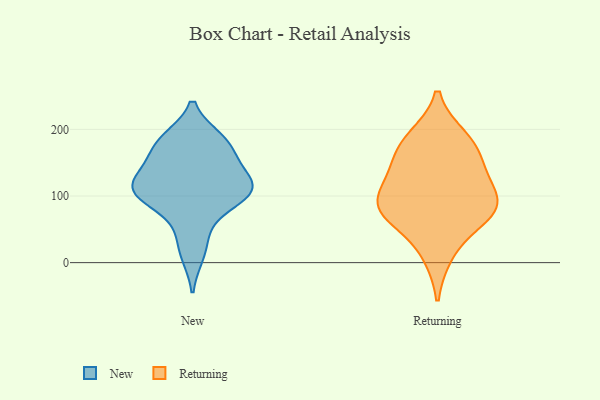
{"axis": {"x": "Headcount", "y": "Value"}, "legend": ["New", "Returning"], "data": [{"x": "", "y": 177, "type": "New"}, {"x": "", "y": 105, "type": "New"}, {"x": "", "y": 115, "type": "New"}, {"x": "", "y": 161, "type": "New"}, {"x": "", "y": 185, "type": "New"}, {"x": "", "y": 100, "type": "New"}, {"x": "", "y": 184, "type": "New"}, {"x": "", "y": 135, "type": "New"}, {"x": "", "y": 106, "type": "New"}, {"x": "", "y": 12, "type": "New"}, {"x": "", "y": 135, "type": "New"}, {"x": "", "y": 111, "type": "New"}, {"x": "", "y": 46, "type": "New"}, {"x": "", "y": 91, "type": "New"}, {"x": "", "y": 187, "type": "Returning"}, {"x": "", "y": 75, "type": "Returning"}, {"x": "", "y": 163, "type": "Returning"}, {"x": "", "y": 133, "type": "Returning"}, {"x": "", "y": 88, "type": "Returning"}, {"x": "", "y": 125, "type": "Returning"}, {"x": "", "y": 75, "type": "Returning"}, {"x": "", "y": 13, "type": "Returning"}, {"x": "", "y": 73, "type": "Returning"}, {"x": "", "y": 93, "type": "Returning"}, {"x": "", "y": 179, "type": "Returning"}]}